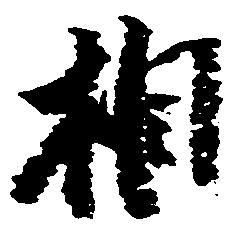
相